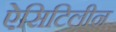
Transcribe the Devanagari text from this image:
ऐसिटिलीन